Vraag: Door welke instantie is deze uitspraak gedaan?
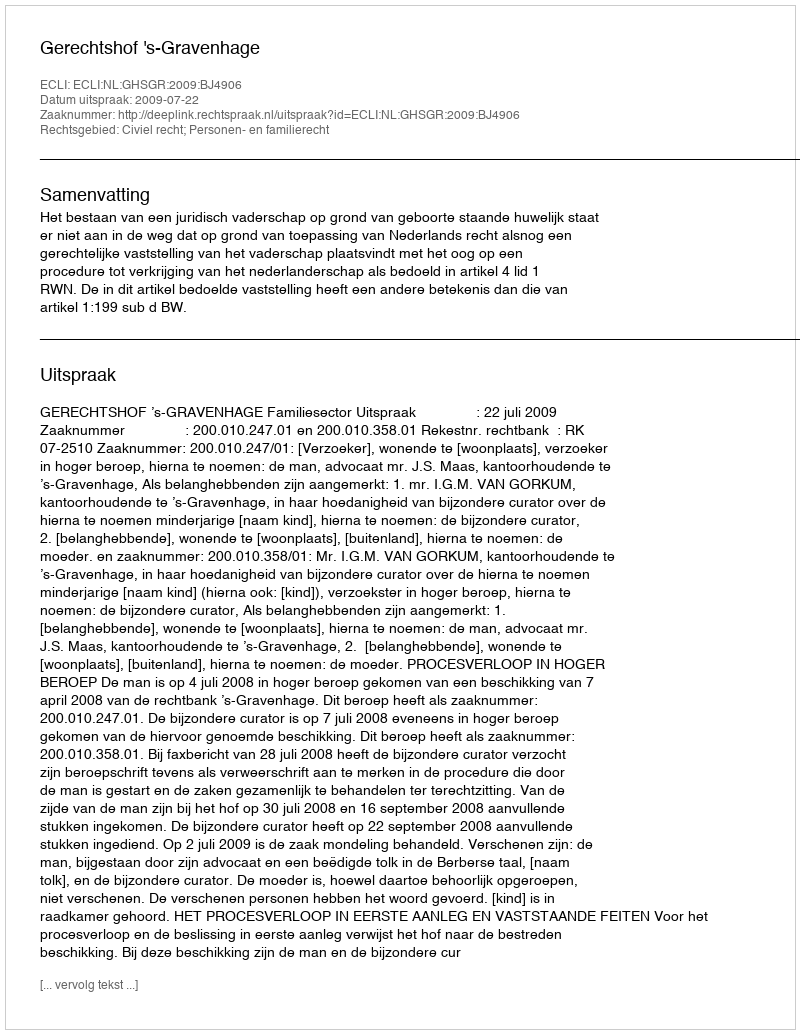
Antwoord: Gerechtshof 's-Gravenhage